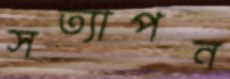
সত্যাপন